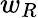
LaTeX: w_{R}